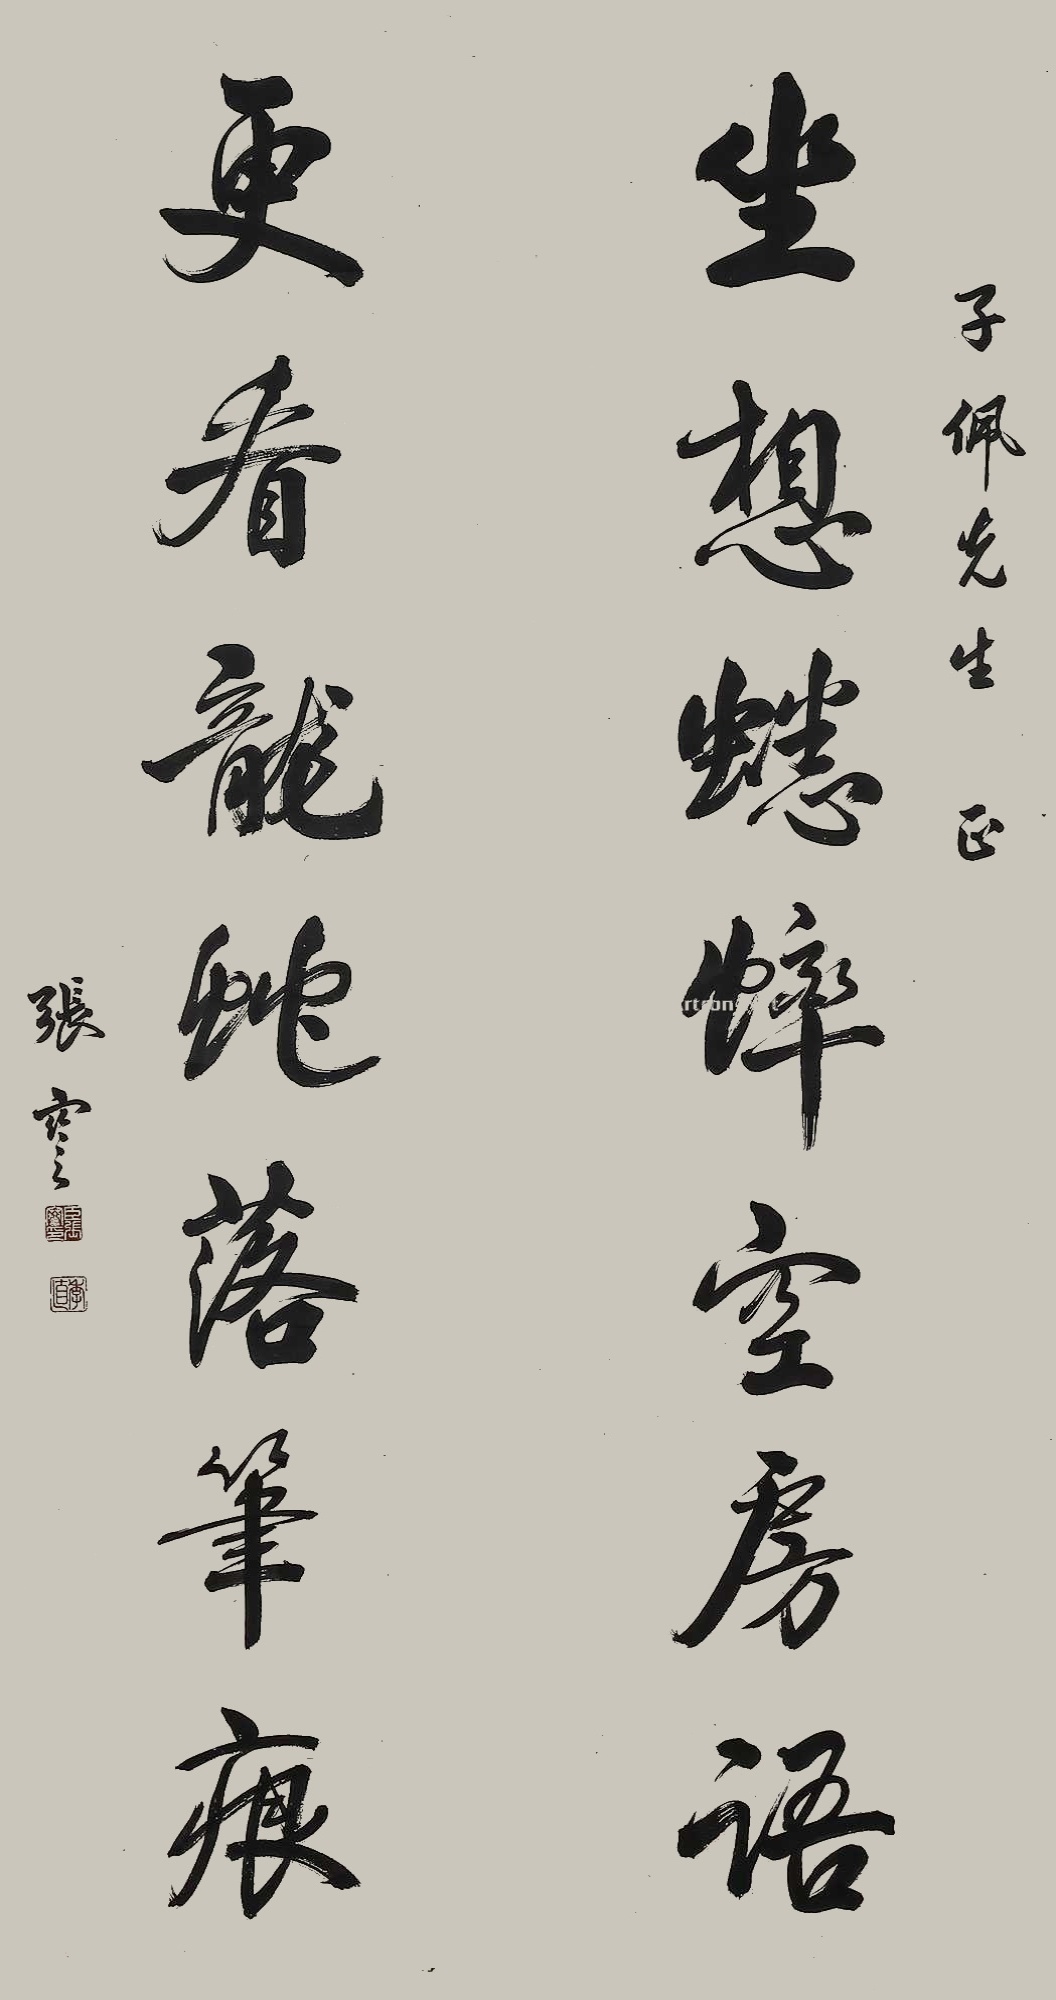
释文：坐想蟋蟀空房语，更看龙蛇落笔痕。子佩先生正，张謇。